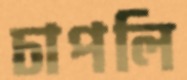
চাপলি